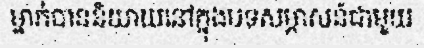
ម្នាក់បាននិយាយនៅក្នុងបទសម្ភាសន៍ជាមួយ